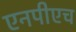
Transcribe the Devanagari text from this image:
एनपीएच